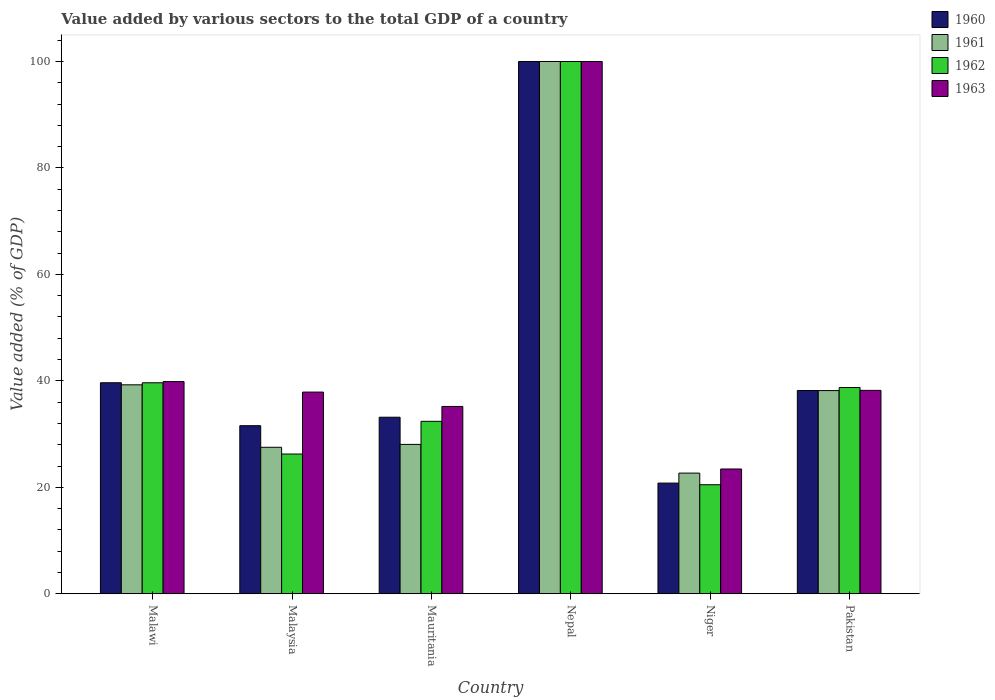
| Country | 1960 | 1961 | 1962 | 1963 |
 | --- | --- | --- | --- | --- |
 | Malawi | 39.6 | 39.3 | 39.6 | 39.9 |
 | Malaysia | 31.6 | 27.5 | 26.2 | 37.9 |
 | Mauritania | 33.2 | 28.1 | 32.4 | 35.2 |
 | Nepal | 100 | 100 | 100 | 100 |
 | Niger | 20.8 | 22.7 | 20.5 | 23.4 |
 | Pakistan | 38.2 | 38.2 | 38.7 | 38.2 |